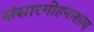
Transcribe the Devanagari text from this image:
संसारमोहनाशाय